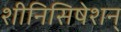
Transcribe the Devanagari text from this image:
शीनिसिषेशन्